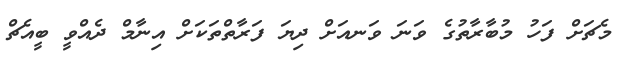
މެޗަށް ފަހު މުބާރާތުގެ ވަނަ ވަނއަށް ދިޔަ ފަރާތްތަކަށް އިނާމް ދެއްވީ ބީއެޗް